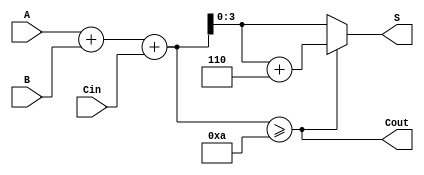
module BCD_Ripple_Carry_Adder(
    input [3:0] A,      // 4-bit BCD input A
    input [3:0] B,      // 4-bit BCD input B
    input Cin,          // Carry input
    output [3:0] S,     // 4-bit sum output
    output Cout         // Carry output
);

    wire [4:0] sum;     // 5-bit wide sum to accommodate carry
    wire correction;     // Signal to determine if correction is needed
    
    // Full Adder for BCD addition
    assign sum = A + B + Cin; // Add A, B and carry-in

    // Determine if correction is needed
    assign correction = (sum >= 10); // Check if sum is greater than or equal to 10

    // BCD output logic
    assign S = correction ? (sum + 6) : sum[3:0]; // Apply correction if needed
    assign Cout = correction; // Carry out is set if correction is applied

endmodule